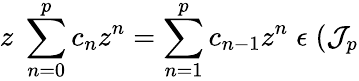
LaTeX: z\; \sum_{n=0}^{p}c_{n}z^{n}=\sum_{n=1}^{p}c_{n-1}z^{n}\; \epsilon\; ({\cal J}_{p}